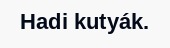
Hadi kutyák.